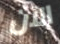
الآن